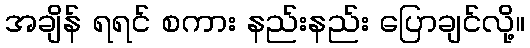
အချိန် ရရင် စကား နည်းနည်း ပြောချင်လို့။